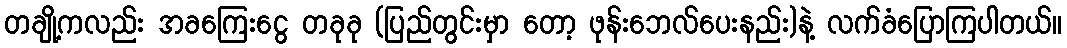
တချို့ကလည်း အခကြေးငွေ တခုခု (ပြည်တွင်းမှာ တော့ ဖုန်းဘေလ်ပေးနည်း)နဲ့ လက်ခံပြောကြပါတယ်။